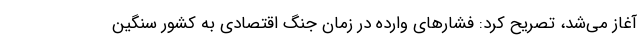
آغاز می‌شد، تصریح کرد: فشارهای وارده در زمان جنگ اقتصادی به کشور سنگین